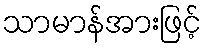
သာမာန်အားဖြင့်